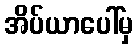
အိပ်ယာပေါ်မှ